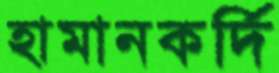
হামানকর্দি